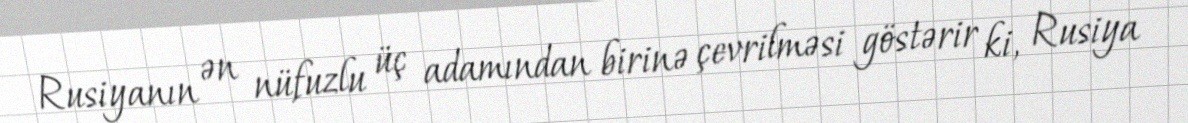
Rusiyanın ən nüfuzlu üç adamından birinə çevrilməsi göstərir ki, Rusiya